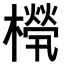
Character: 𣜧